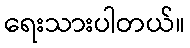
ရေးသားပါတယ်။